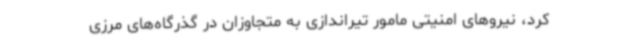
کرد، نیروهای امنیتی مامور تیراندازی به متجاوزان در گذرگاه‌های مرزی